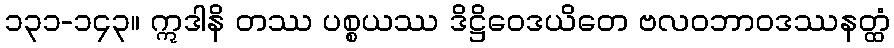
၁၃၁-၁၄၃။ ဣဒါနိ တဿ ပစ္စယဿ ဒိဋ္ဌိဝေဒယိတေ ဗလဝဘာဝဒဿနတ္ထံ